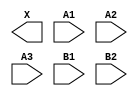
module sky130_fd_sc_ms__o32a (
    X ,
    A1,
    A2,
    A3,
    B1,
    B2
);

    output X ;
    input  A1;
    input  A2;
    input  A3;
    input  B1;
    input  B2;

    // Voltage supply signals
    supply1 VPWR;
    supply0 VGND;
    supply1 VPB ;
    supply0 VNB ;

endmodule